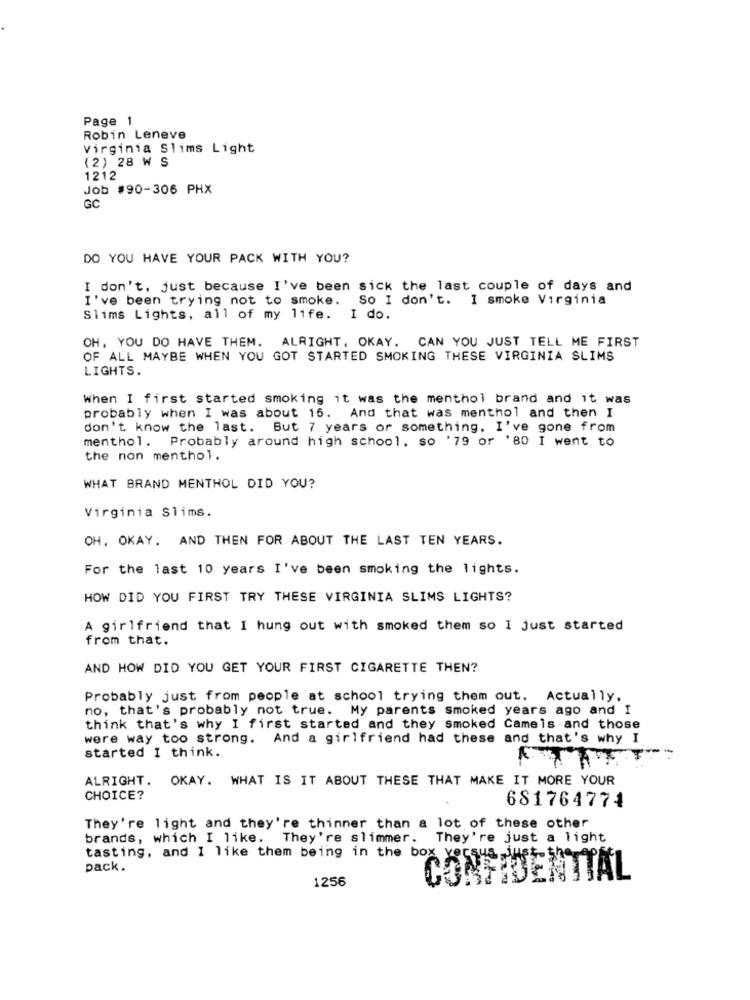
Page 1
Robin Leneve
Virginia Slims Light
(2) 28 W S
1212
Job #90-306 PHX
GC
DO YOU HAVE YOUR PACK WITH YOU?
I don't, just because I've been sick the last couple of days and
I've been trying not to smoke. So I don't. I smoke Virginia
Slims Lights, all of my life. I do.
OH, YOU DO HAVE THEM. ALRIGHT, OKAY. CAN YOU JUST TELL ME FIRST
OF ALL MAYBE WHEN YOU GOT STARTED SMOKING THESE VIRGINIA SLIMS
LIGHTS.
When I first started smoking it was the menthol brand and it was
probably when I was about 16. And that was menthol and then I
don't know the last. But 7 years or something, I've gone from
menthol. Probably around high school, so '79 or '80 I went to
the non menthol.
WHAT BRAND MENTHOL DID YOU?
Virginia Slims.
OH, OKAY. AND THEN FOR ABOUT THE LAST TEN YEARS.
For the last 10 years I've been smoking the lights.
HOW DID YOU FIRST TRY THESE VIRGINIA SLIMS LIGHTS?
A girlfriend that I hung out with smoked them so I just started
from that.
AND HOW DID YOU GET YOUR FIRST CIGARETTE THEN?
Probably just from people at school trying them out. Actually,
no, that's probably not true. My parents smoked years ago and I
think that's why I first started and they smoked Camels and those
were way too strong. And a girlfriend had these and that's why I
started I think.
ALRIGHT. OKAY. WHAT IS IT ABOUT THESE THAT MAKE IT MORE YOUR
CHOICE?
681764774
They're light and they're thinner than a lot of these other
brands, which I like. They're slimmer. They're just a light
tasting, and I like them being in the box vecsus,just-$
pack.
1256